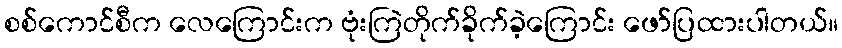
စစ်ကောင်စီက လေကြောင်းက ဗုံးကြဲတိုက်ခိုက်ခဲ့ကြောင်း ဖော်ပြထားပါတယ်။